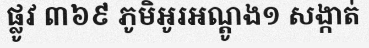
ផ្លូវ ៣៦៩ ភូមិអូរអណ្តូង១ សង្កាត់